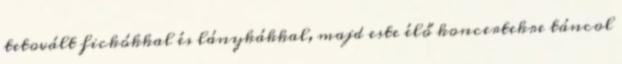
tetovált fickókkal és lánykákkal, majd este élő koncertekre táncol